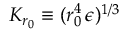
K _ { r _ { 0 } } \equiv ( r _ { 0 } ^ { 4 } \, \epsilon ) ^ { 1 / 3 }